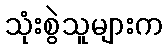
သုံးစွဲသူများက